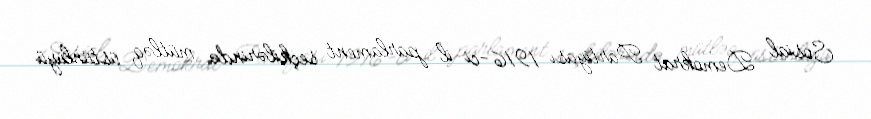
Sosial Demokrat Partiyası 1916-ci il parlament seçkilərində mütləq üstünlüyü